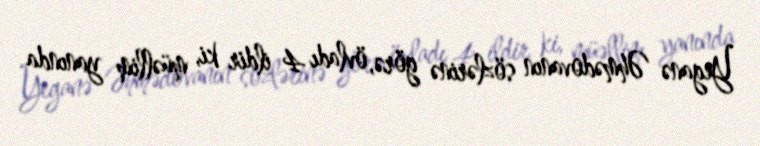
Yeganə Əhmədovanın sözlərinə görə, övladı 4 ildir ki, müəllim yanında